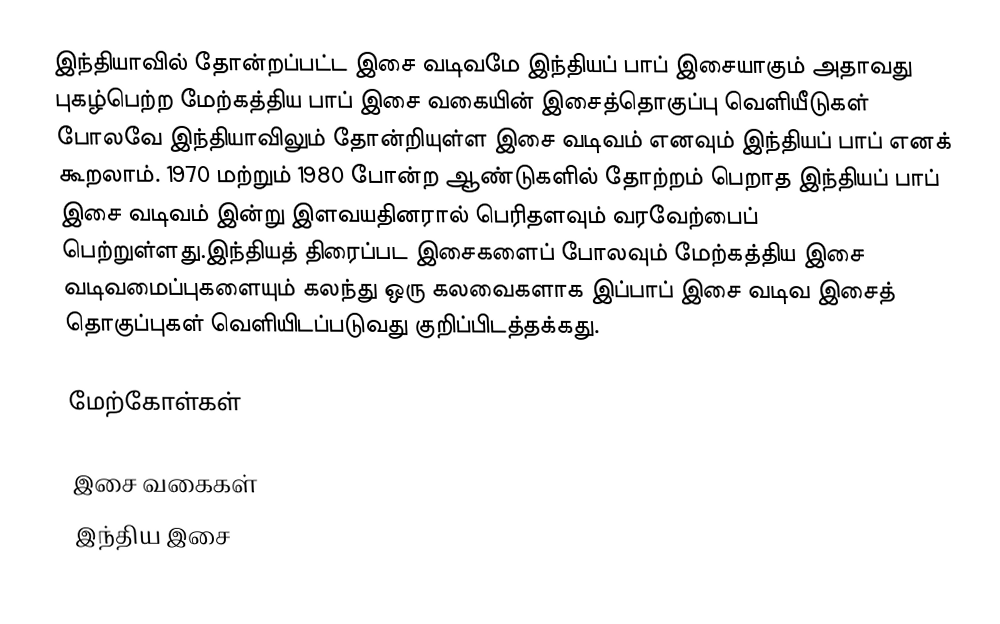
இந்தியாவில் தோன்றப்பட்ட இசை வடிவமே இந்தியப் பாப் இசையாகும் அதாவது புகழ்பெற்ற மேற்கத்திய பாப் இசை வகையின் இசைத்தொகுப்பு வெளியீடுகள் போலவே இந்தியாவிலும் தோன்றியுள்ள இசை வடிவம் எனவும் இந்தியப் பாப் எனக் கூறலாம். 1970 மற்றும் 1980 போன்ற ஆண்டுகளில் தோற்றம் பெறாத இந்தியப் பாப் இசை வடிவம் இன்று இளவயதினரால் பெரிதளவும் வரவேற்பைப் பெற்றுள்ளது.இந்தியத் திரைப்பட இசைகளைப் போலவும் மேற்கத்திய இசை வடிவமைப்புகளையும் கலந்து ஒரு கலவைகளாக இப்பாப் இசை வடிவ இசைத் தொகுப்புகள் வெளியிடப்படுவது குறிப்பிடத்தக்கது.

மேற்கோள்கள்

இசை வகைகள்
இந்திய இசை